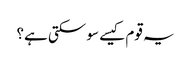
یہ قوم کیسے سو سکتی ہے؟